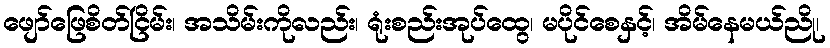
ဖျော်ဖြေစိတ်ငြိမ်း၊ အသိမ်းကိုလည်း၊ ရုံးစည်းအုပ်ထွေ၊ မပိုင်စေနှင့်၊ အိမ်နေမယ်ညို၊